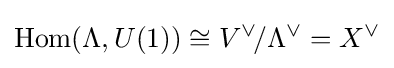
{\text{Hom}}(\Lambda ,U(1))\cong V^{\vee }\!/\Lambda ^{\vee }=X^{\vee }